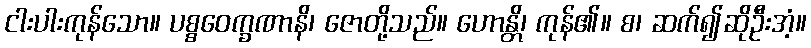
ငါးပါးကုန်သော။ ပစ္စဝေက္ခဏာနိ၊ ဇောတို့သည်။ ဟောန္တိ၊ ကုန်၏။ စ၊ ဆက်၍ဆိုဦးအံ့။